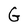
Character: G